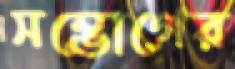
সম্ভোগের